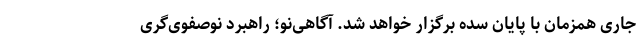
جاری همزمان با پایان سده برگزار خواهد شد. آگاهی‌نو؛ راهبرد نوصفوی‌گری